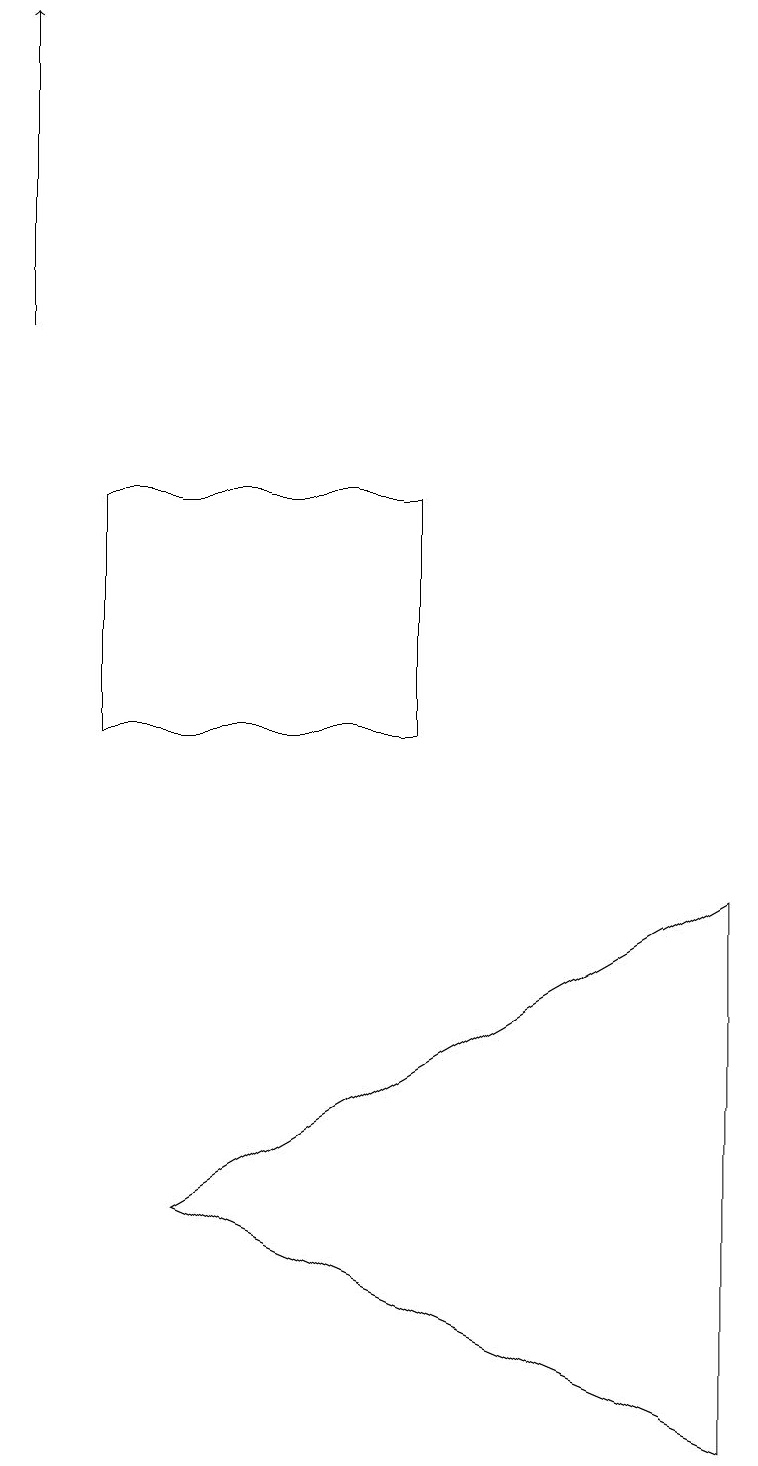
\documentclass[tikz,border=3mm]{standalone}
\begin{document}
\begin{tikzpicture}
\draw (5,10) rectangle (1,13);
\draw (9,8) -- (9,1) -- (2,4) -- cycle;
\draw[->] (0,15) -- (0,19);
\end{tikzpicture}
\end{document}